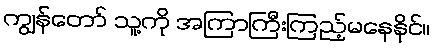
ကျွန်တော် သူ့ကို အကြာကြီးကြည့်မနေနိုင်။